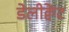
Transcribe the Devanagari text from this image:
डेलीक्वेंट